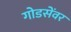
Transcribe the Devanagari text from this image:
गोडसेंवर